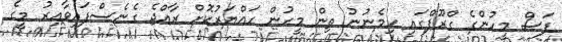
ފަސް މީހުންގެ ގްރޫޕްގައި ހިމެނުނު ތިން މީހުން ހައްޔަރުކޮށް ރާއްޖެ ގެނެސްފައިވާއިރު މީގެ